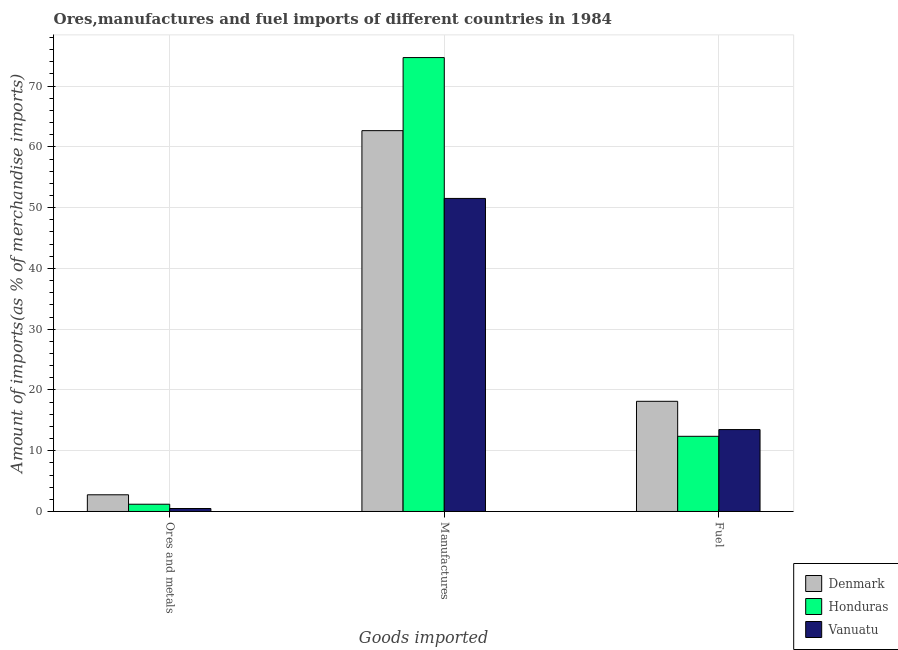
| Goods imported | Denmark | Honduras | Vanuatu |
 | --- | --- | --- | --- |
 | Ores and metals | 2.75 | 1.19 | 0.49 |
 | Manufactures | 62.7 | 74.7 | 51.5 |
 | Fuel | 18.1 | 12.4 | 13.5 |